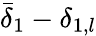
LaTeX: \bar{\delta}_{1}-\delta_{1,l}